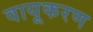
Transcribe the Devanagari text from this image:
वायूकरण